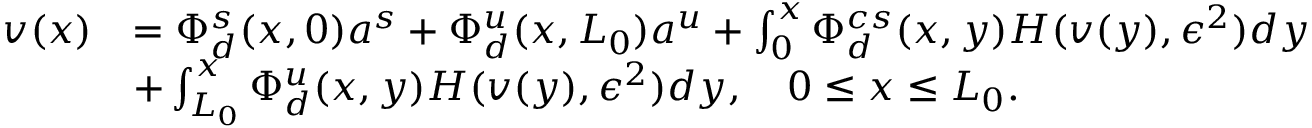
\begin{array} { r l } { v ( x ) } & { = \Phi _ { d } ^ { s } ( x , 0 ) a ^ { s } + \Phi _ { d } ^ { u } ( x , L _ { 0 } ) a ^ { u } + \int _ { 0 } ^ { x } \Phi _ { d } ^ { c s } ( x , y ) H ( v ( y ) , \epsilon ^ { 2 } ) d y } \\ & { + \int _ { L _ { 0 } } ^ { x } \Phi _ { d } ^ { u } ( x , y ) H ( v ( y ) , \epsilon ^ { 2 } ) d y , \quad 0 \leq x \leq L _ { 0 } . } \end{array}